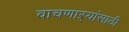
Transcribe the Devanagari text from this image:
वाचणाऱ्यांसाठी